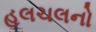
હલચલનો